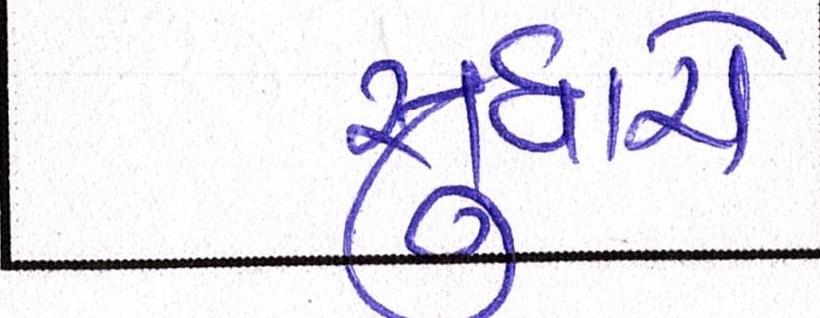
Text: સુધારો